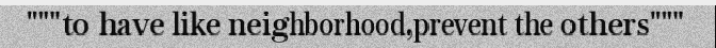
"""to have like neighborhood,prevent the others"""